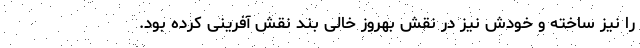
را نیز ساخته و خودش نیز در نقش بهروز خالی بند نقش آفرینی کرده بود.